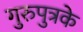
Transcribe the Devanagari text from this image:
गुरुपुत्रके